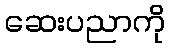
ဆေးပညာကို